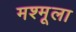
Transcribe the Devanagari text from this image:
मश्मूला